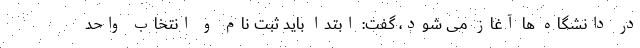
در دانشگاه ها آغاز می شود، گفت: ابتدا باید ثبت نام و انتخاب واحد